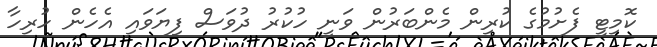
ކޮމިޓީ ފެށުމުގެ ކުރިން މެންބަރުން ވަނީ ހުކުރު ދުވަސް ފިޔަވައި އެހެން ހުރިހާ